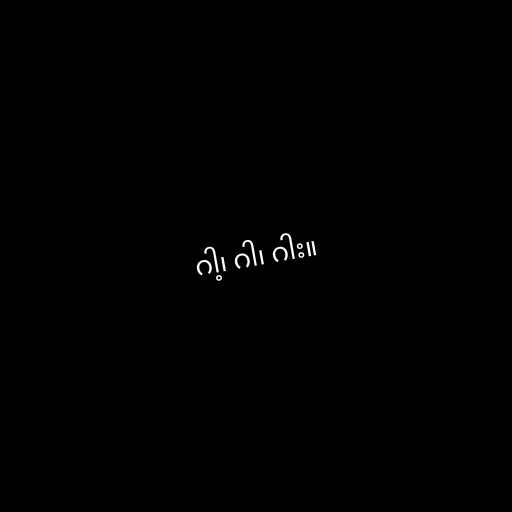
ဂါ့၊ ဂါ၊ ဂါး။